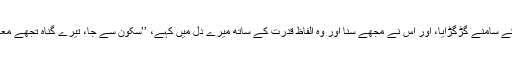
میں اُس کے سامنے گڑگڑایا، اور اُس نے مجھے سُنا اور وہ الفاظ قدرت کے ساتھ میرے دِل میں کہے، ’’سکون سے جا، تیرے گناہ تجھے معاف ہوئے۔